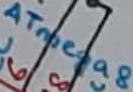
Text: ATmega8